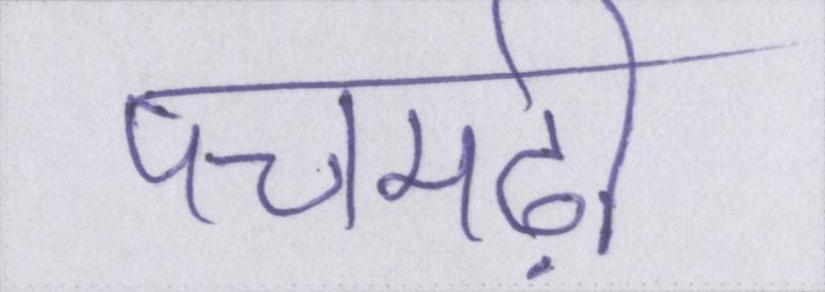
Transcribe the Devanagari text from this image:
पचमढ़ी